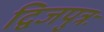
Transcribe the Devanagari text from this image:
द्विजपुत्रः